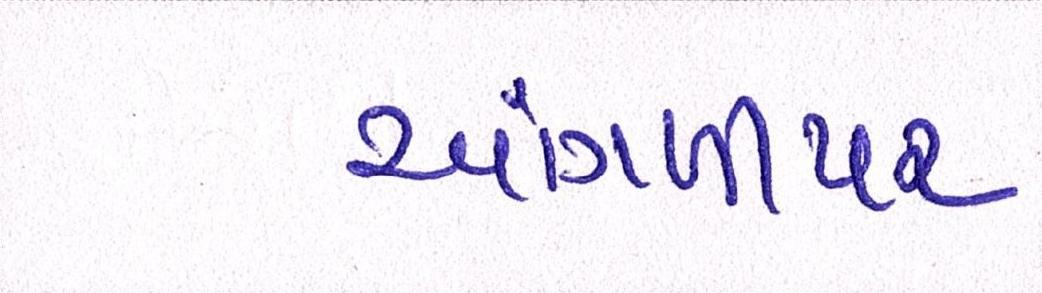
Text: આંગળીપર